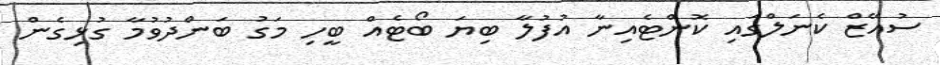
ސުއޭޒް ކެނަލްގައި ކޮންޓެއިނާ އުފުލާ ބިޔަ ބޯޓެއް ބީހި މަގު ބަންދުވުމާ ގުޅިގެން